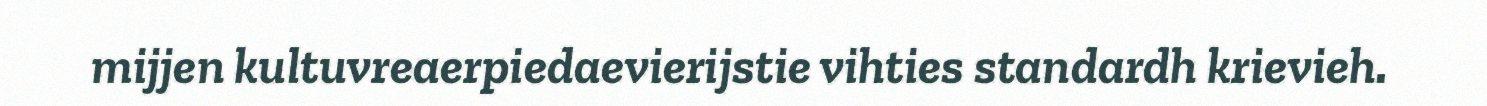
mijjen kultuvreaerpiedaevierijstie vihties standardh krievieh.